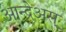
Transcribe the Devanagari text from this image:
आन्द्रेअस्